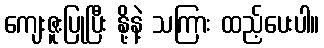
ကျေးဇူးပြုပြီး နို့နဲ့ သကြား ထည့်ပေးပါ။